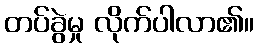
တပ်ခွဲမှု လိုက်ပါလာ၏။